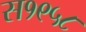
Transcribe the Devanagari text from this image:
स१९५८